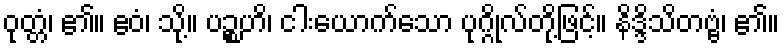
ဝုတ္တံ၊ ၏။ ဧဝံ၊ သို့။ ပဉ္စဟိ၊ ငါးယောက်သော ပုဂ္ဂိုလ်တို့ဖြင့်။ နိဒ္ဒိသိတဗ္ဗံ၊ ၏။